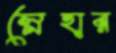
স্নেহার